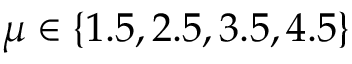
\mu \in \{ 1 . 5 , 2 . 5 , 3 . 5 , 4 . 5 \}